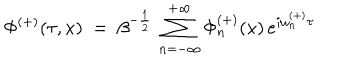
\Phi ^ { ( + ) } ( \tau , x ) \; = \; \beta ^ { - \frac { 1 } { 2 } } \, \sum _ { n = - \infty } ^ { + \infty } \Phi _ { n } ^ { ( + ) } ( x ) \, e ^ { i \omega _ { n } ^ { ( + ) } \tau }